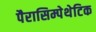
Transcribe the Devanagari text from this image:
पैरासिम्पेथेटिक